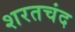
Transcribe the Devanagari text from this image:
शरतचंद